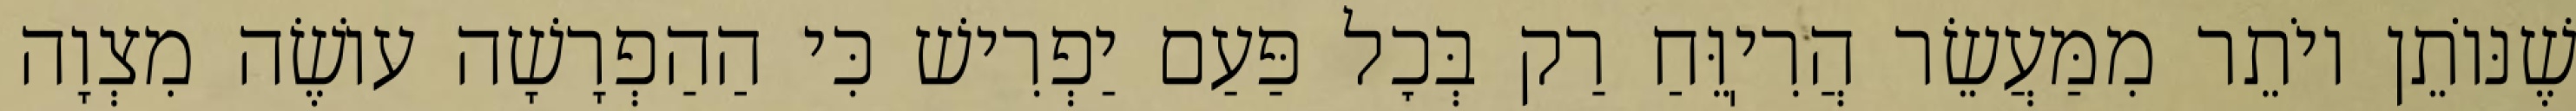
שֶׁנּוֹתֵן יוֹתֵר מִמַּעֲשֵׂר הֲרִיֽוֵּחַ רַק בְּכׇל פַּעַם יַפְרִישׁ כִּי הַהַפְרָשָׁה עוֹשֶׂה מִצְוָה